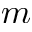
m